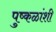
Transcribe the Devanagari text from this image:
पुष्कळांशी